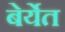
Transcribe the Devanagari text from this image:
बेर्येत